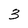
Character: 3